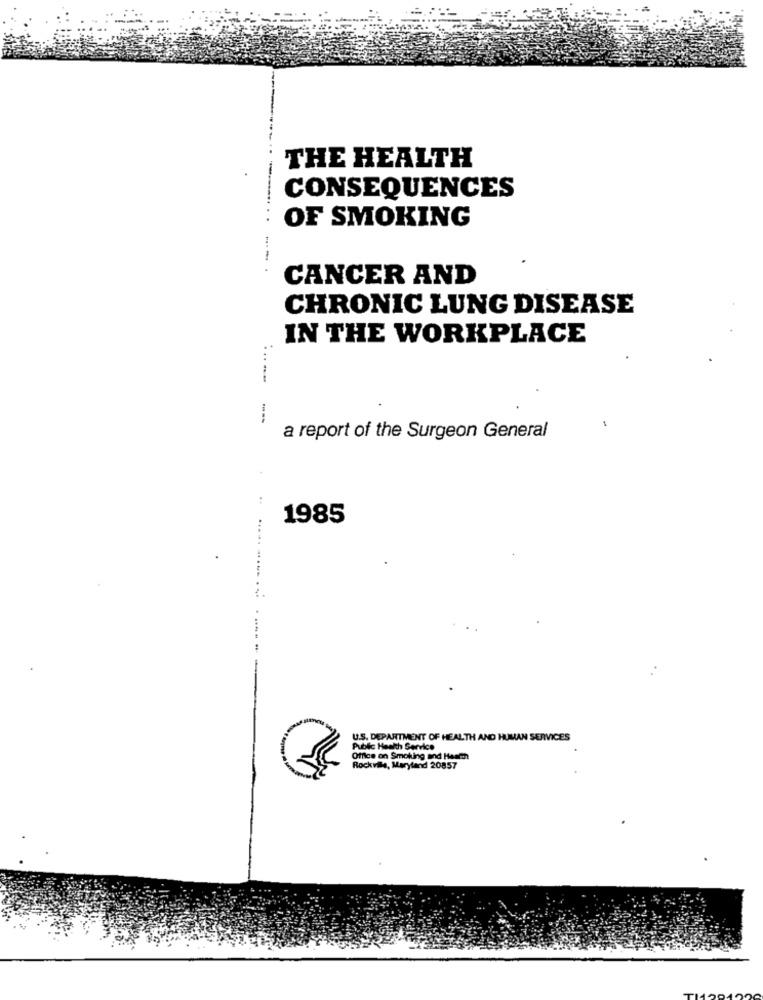
THE HEALTH
CONSEQUENCES
OF SMOKING
CANCER AND
CHRONIC LUNG DISEASE
IN THE WORKPLACE
a report of the Surgeon General
1985
U.S. DEPARTMENT OF HEALTH AND HUMAN SER
Public Health Service
Offlos on Smoking and Harth
Rockville, Maryland 20857